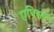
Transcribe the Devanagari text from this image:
एपिसर